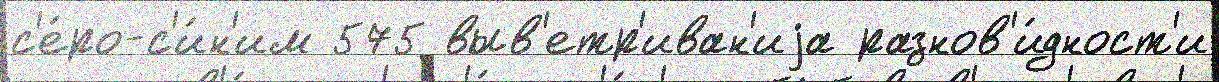
с'е́ро-с'и́н'им 575 выв'етр'иван'иjа разнов'и́дност'и